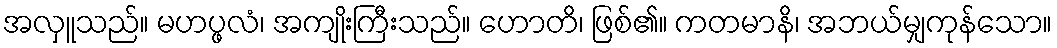
အလှူသည်။ မဟပ္ဖလံ၊ အကျိုးကြီးသည်။ ဟောတိ၊ ဖြစ်၏။ ကတမာနိ၊ အဘယ်မျှကုန်သော။